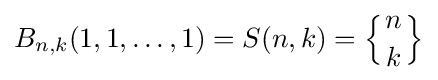
B_{n,k}(1,1,\dots ,1)=S(n,k)=\left\{{n \atop k}\right\}